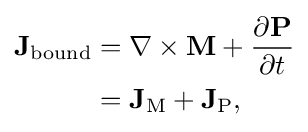
{\begin{aligned}\mathbf {J} _{\mathrm {bound} }&=\nabla \times \mathbf {M} +{\frac {\partial \mathbf {P} }{\partial t}}\\&=\mathbf {J} _{\mathrm {M} }+\mathbf {J} _{\mathrm {P} },\end{aligned}}